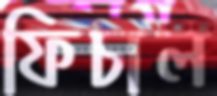
ফিচাল